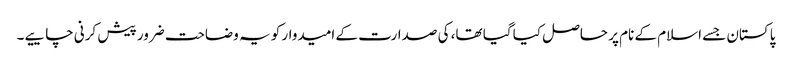
پاکستان جسے اسلام کے نام پر حاصل کیا گیا تھا، کی صدارت کے امیدوار کو یہ وضاحت ضرور پیش کرنی چاییے۔